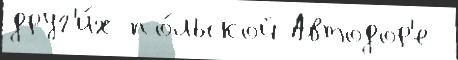
друг'и́х по́льской Автодор'е